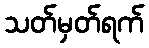
သတ်မှတ်ရက်